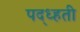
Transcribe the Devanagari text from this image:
पद्ध्हती